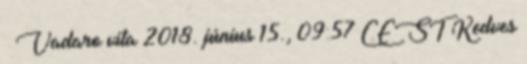
– Vadaro vita 2018. június 15., 09:57 CEST Kedves